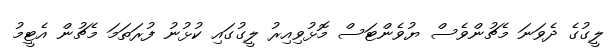
ލީގުގެ ދެވަނަ މެޗުންވެސް ޔުވެންޓަސް މޮޅުވިއިރު ލީގުގައި ކުޅުނު ފުރަތަމަ މެޗުން އެޓީމު